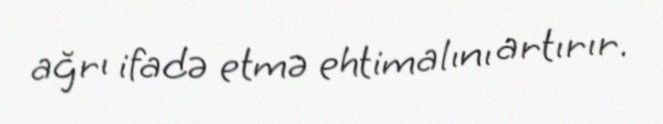
ağrı ifadə etmə ehtimalını artırır.